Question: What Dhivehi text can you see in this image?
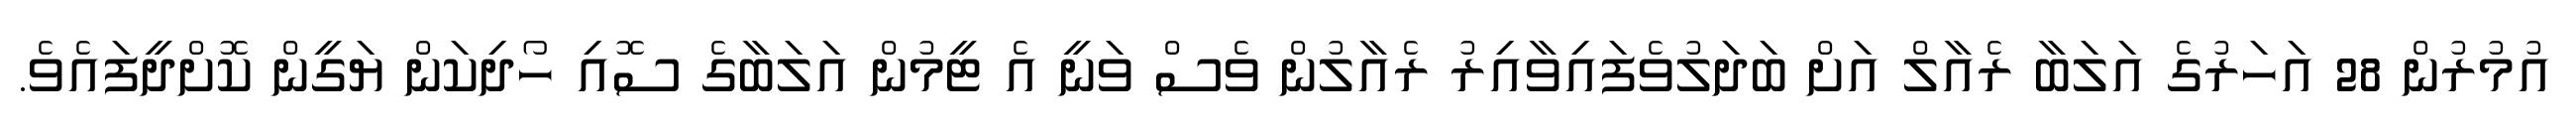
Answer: އުމުރުން 28 އަހަރުގެ އަލަބާ ރެއާލް އަށް ބަދަލުވެފައިވާއިރު ރެއާލުން ވެސް ވަނީ އެ ޓީމުން އަލަބާގެ ސޮއި ހޯދިކަން ޔަގީން ކޮށްދީފައެވެ.